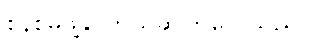
စနစ်မဖွဲ့နိုင်ဟုယူဆကြလေသည်။